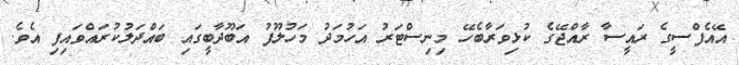
އޭއެފްސީގެ ރައީސާ ރާއްޖޭގެ ކުޅިވަރާބެހޭ މިނިސްޓަރު އަހުމަދު މަހުލޫފު އަބޫދާބީގައި ބައްދަލުކުރައްވައިފި އެވެ.